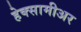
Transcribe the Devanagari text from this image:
हेक्सामीअर